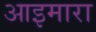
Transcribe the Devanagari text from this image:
आइमारा